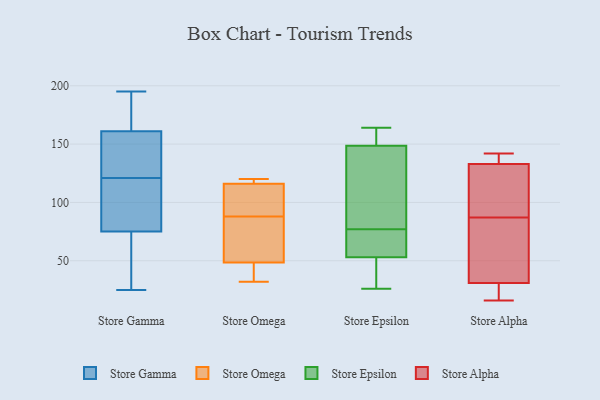
{"axis": {"x": "Tickets Resolved", "y": "Value"}, "legend": ["Store Alpha", "Store Epsilon", "Store Gamma", "Store Omega"], "data": [{"x": "", "y": 188, "type": "Store Gamma"}, {"x": "", "y": 75, "type": "Store Gamma"}, {"x": "", "y": 161, "type": "Store Gamma"}, {"x": "", "y": 150, "type": "Store Gamma"}, {"x": "", "y": 28, "type": "Store Gamma"}, {"x": "", "y": 72, "type": "Store Gamma"}, {"x": "", "y": 116, "type": "Store Gamma"}, {"x": "", "y": 169, "type": "Store Gamma"}, {"x": "", "y": 148, "type": "Store Gamma"}, {"x": "", "y": 40, "type": "Store Gamma"}, {"x": "", "y": 126, "type": "Store Gamma"}, {"x": "", "y": 150, "type": "Store Gamma"}, {"x": "", "y": 78, "type": "Store Gamma"}, {"x": "", "y": 195, "type": "Store Gamma"}, {"x": "", "y": 111, "type": "Store Gamma"}, {"x": "", "y": 25, "type": "Store Gamma"}, {"x": "", "y": 112, "type": "Store Gamma"}, {"x": "", "y": 176, "type": "Store Gamma"}, {"x": "", "y": 88, "type": "Store Omega"}, {"x": "", "y": 74, "type": "Store Omega"}, {"x": "", "y": 37, "type": "Store Omega"}, {"x": "", "y": 118, "type": "Store Omega"}, {"x": "", "y": 117, "type": "Store Omega"}, {"x": "", "y": 40, "type": "Store Omega"}, {"x": "", "y": 32, "type": "Store Omega"}, {"x": "", "y": 106, "type": "Store Omega"}, {"x": "", "y": 76, "type": "Store Omega"}, {"x": "", "y": 120, "type": "Store Omega"}, {"x": "", "y": 113, "type": "Store Omega"}, {"x": "", "y": 53, "type": "Store Epsilon"}, {"x": "", "y": 26, "type": "Store Epsilon"}, {"x": "", "y": 53, "type": "Store Epsilon"}, {"x": "", "y": 156, "type": "Store Epsilon"}, {"x": "", "y": 73, "type": "Store Epsilon"}, {"x": "", "y": 146, "type": "Store Epsilon"}, {"x": "", "y": 157, "type": "Store Epsilon"}, {"x": "", "y": 130, "type": "Store Epsilon"}, {"x": "", "y": 126, "type": "Store Epsilon"}, {"x": "", "y": 77, "type": "Store Epsilon"}, {"x": "", "y": 164, "type": "Store Epsilon"}, {"x": "", "y": 30, "type": "Store Epsilon"}, {"x": "", "y": 77, "type": "Store Epsilon"}, {"x": "", "y": 26, "type": "Store Alpha"}, {"x": "", "y": 137, "type": "Store Alpha"}, {"x": "", "y": 112, "type": "Store Alpha"}, {"x": "", "y": 62, "type": "Store Alpha"}, {"x": "", "y": 125, "type": "Store Alpha"}, {"x": "", "y": 31, "type": "Store Alpha"}, {"x": "", "y": 142, "type": "Store Alpha"}, {"x": "", "y": 16, "type": "Store Alpha"}, {"x": "", "y": 133, "type": "Store Alpha"}, {"x": "", "y": 31, "type": "Store Alpha"}]}